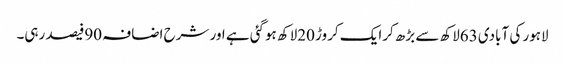
لاہور کی آبادی 63لاکھ سے بڑھ کرایک کروڑ 20لاکھ ہوگئی ہے اور شرح اضافہ 90فیصد رہی۔